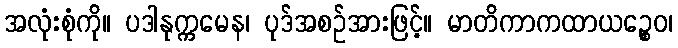
အလုံးစုံကို။ ပဒါနုက္ကမေန၊ ပုဒ်အစဉ်အားဖြင့်။ မာတိကာကထာယဉ္စေဝ၊